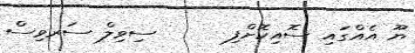
ޔޫ އެއްގައި ސޮއިކޮށްފި      ސިވިލް ސަރވިސް